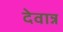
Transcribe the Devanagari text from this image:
देवान्न